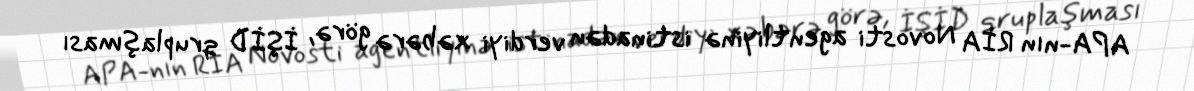
APA-nın RİA Novosti agentliyinə istinadən verdiyi xəbərə görə, İŞİD qruplaşması